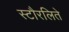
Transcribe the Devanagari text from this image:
स्टौरलिते